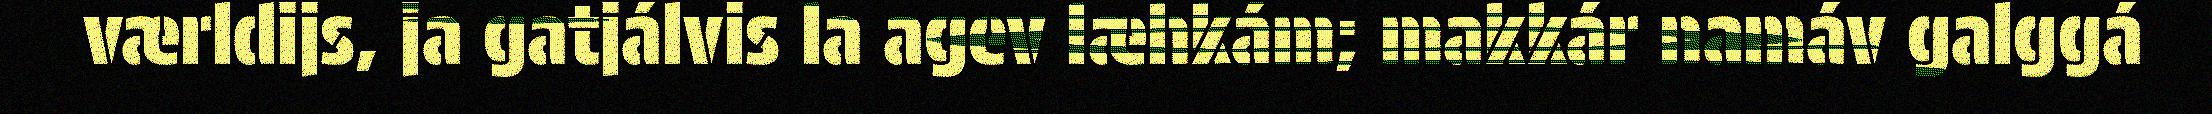
værldijs, ja gatjálvis la agev læhkám; makkár namáv galggá